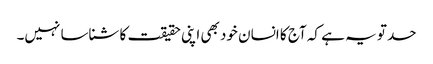
حد تو یہ ہے کہ آج کا انسان خود بھی اپنی حقیقت کا شناسا نہیں۔